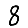
Digit: 8